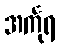
အင်္ကုရ